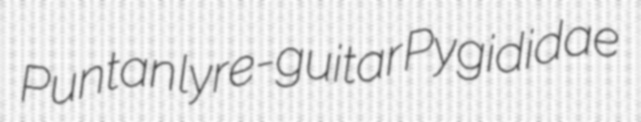
Puntan lyre-guitar Pygididae